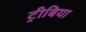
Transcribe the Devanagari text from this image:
ट्रीबिया